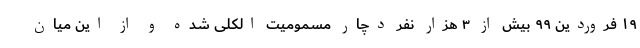
۱۹ فروردین ۹۹ بیش از ۳ هزار نفر دچار مسمومیت الکلی شده و از این میان